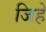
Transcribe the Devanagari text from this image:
जिहे